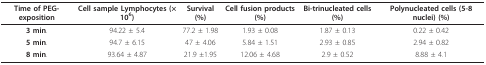
| Time of PEG-exposition | Cell sample Lymphocytes (× 106) | Survival (%) | Cell fusion products (%) | Bi-trinucleated cells (%) | Polynucleated cells (5-8 nuclei) (%) |
 | --- | --- | --- | --- | --- | --- |
 | 3 min. | 94.22 ± 5.4 | 77.2 ± 1.98 | 1.93 ± 0.08 | 1.87 ± 0.13 | 0.22 ± 0.42 |
 | 5 min. | 94.7 ± 6.15 | 47 ± 4.06 | 5.84 ± 1.51 | 2.93 ± 0.85 | 2.94 ± 0.82 |
 | 8 min. | 93.64 ± 4.87 | 21.9 ±1.95 | 12.06 ± 4.68 | 2.9 ± 0.52 | 8.88 ± 4.1 |